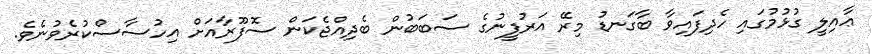
ޢާއިލީ ގުޅުމުގައި ހެދިފައިވާ ބާގަނޑު މިރޭ އަރުފީނުގެ ސަބަބުން ބެދިއްޖެކަން ސޮފޫރާއަށް އިހުސާސްކުރެވުނެވެ.